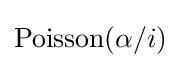
\mathrm {Poisson} (\alpha /i)